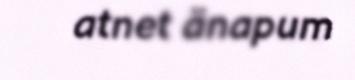
atnet änapum